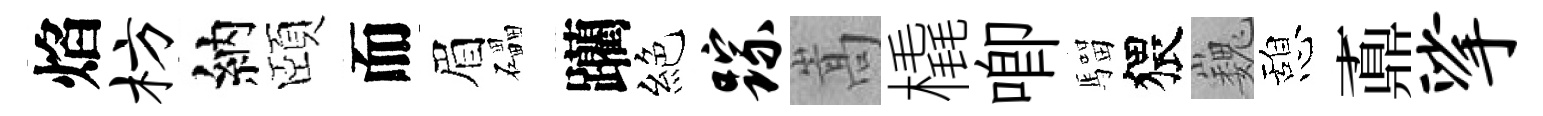
焰枋納頤而眉礧躪絕踪嵩橇唧騮猥巍憩鼒挲